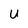
Character: U